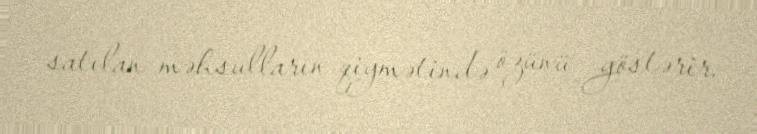
satılan məhsulların qiymətində özünü göstərir.